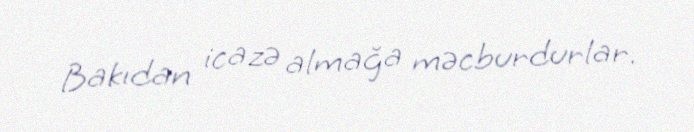
Bakıdan icazə almağa məcburdurlar.